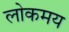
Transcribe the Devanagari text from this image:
लोकमय